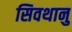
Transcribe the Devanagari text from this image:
सिवथानु